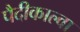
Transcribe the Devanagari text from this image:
पैदीकाल्वा